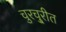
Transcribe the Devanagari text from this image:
चुरचु्रीत